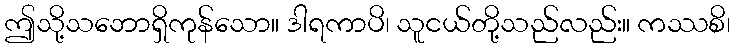
ဤသို့သဘောရှိကုန်သော။ ဒါရကာပိ၊ သူငယ်တို့သည်လည်း။ ကဿစိ၊